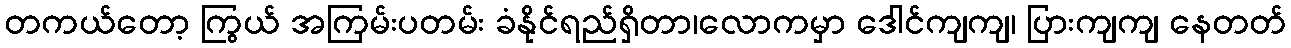
တကယ်တော့ ကြွယ် အကြမ်းပတမ်း ခံနိုင်ရည်ရှိတာ၊လောကမှာ ဒေါင်ကျကျ၊ ပြားကျကျ နေတတ်